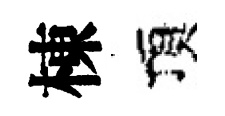
棟頂